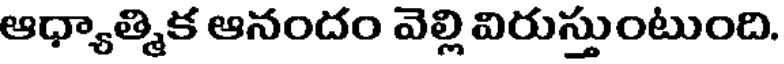
ఆధ్యాత్మిక ఆనందం వెల్లి విరుస్తుంటుంది.